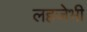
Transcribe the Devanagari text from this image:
लहजेभी